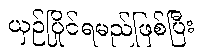
ယှဉ်ပြိုင်ရမည်ဖြစ်ပြီး